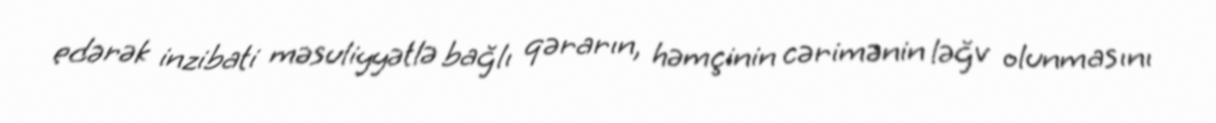
edərək inzibati məsuliyyətlə bağlı qərarın, həmçinin cərimənin ləğv olunmasını